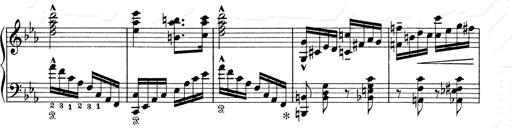
Title: 6 Polish Songs
Composer: Franz Liszt